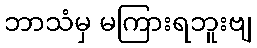
ဘာသံမှ မကြားရဘူးဗျ